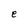
Character: e